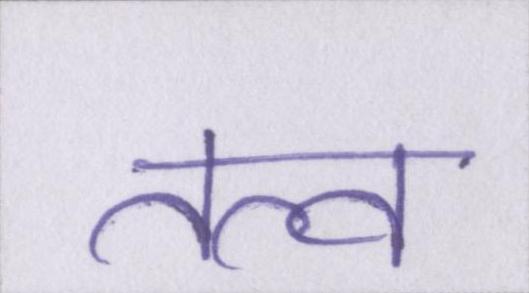
तत्व